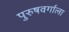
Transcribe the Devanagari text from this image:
पुरुषवर्गाला